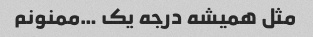
مثل همیشه درجه یک …ممنونم